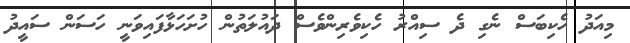
މިއަދު ހެކިބަސް ނެގި ދެ ސިއްރު ހެކިވެރިންވެސް ދައުލަތުން ހުށަހަޅާފައިވަނީ ހަސަން ސައީދު